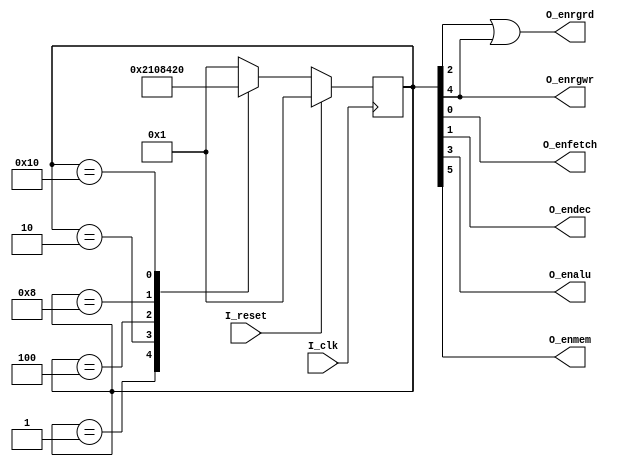
`timescale 1ns / 1ps
//////////////////////////////////////////////////////////////////////////////////
// Company: 
// Engineer: 
// 
// Design Name: 
// Module Name: ctrl_unit
// Project Name: 
// Target Devices: 
// Tool Versions: 
// Description: 
// 
// Dependencies: 
// 
// Revision:
// Revision 0.01 - File Created
// Additional Comments:
// 
//////////////////////////////////////////////////////////////////////////////////


module ctrl_unit(
    input I_clk,
    input I_reset,
    output O_enfetch,
    output O_endec,
    output O_enrgrd,
    output O_enalu,
    output O_enrgwr,
    output O_enmem
    );
    
    reg [5:0] state;
    
    assign O_enfetch = state[0];
    assign O_endec = state[1];
    assign O_enrgrd = state[2] | state[4];
    assign O_enalu = state[3];
    assign O_enrgwr = state[4];
    assign O_enmem = state[5];
    
    initial begin
        state = 6'b000001;
    end
    
    always @(posedge I_clk) begin
        if(I_reset) begin
            state <= 6'b000001;
        end
        else begin
            case(state)
                6'b000001 : state <= 6'b000010;
                6'b000010 : state <= 6'b000100;
                6'b000100 : state <= 6'b001000;
                6'b001000 : state <= 6'b010000;
                6'b010000 : state <= 6'b100000;
                default : state <= 6'b000001;
            endcase
        end
    end
endmodule